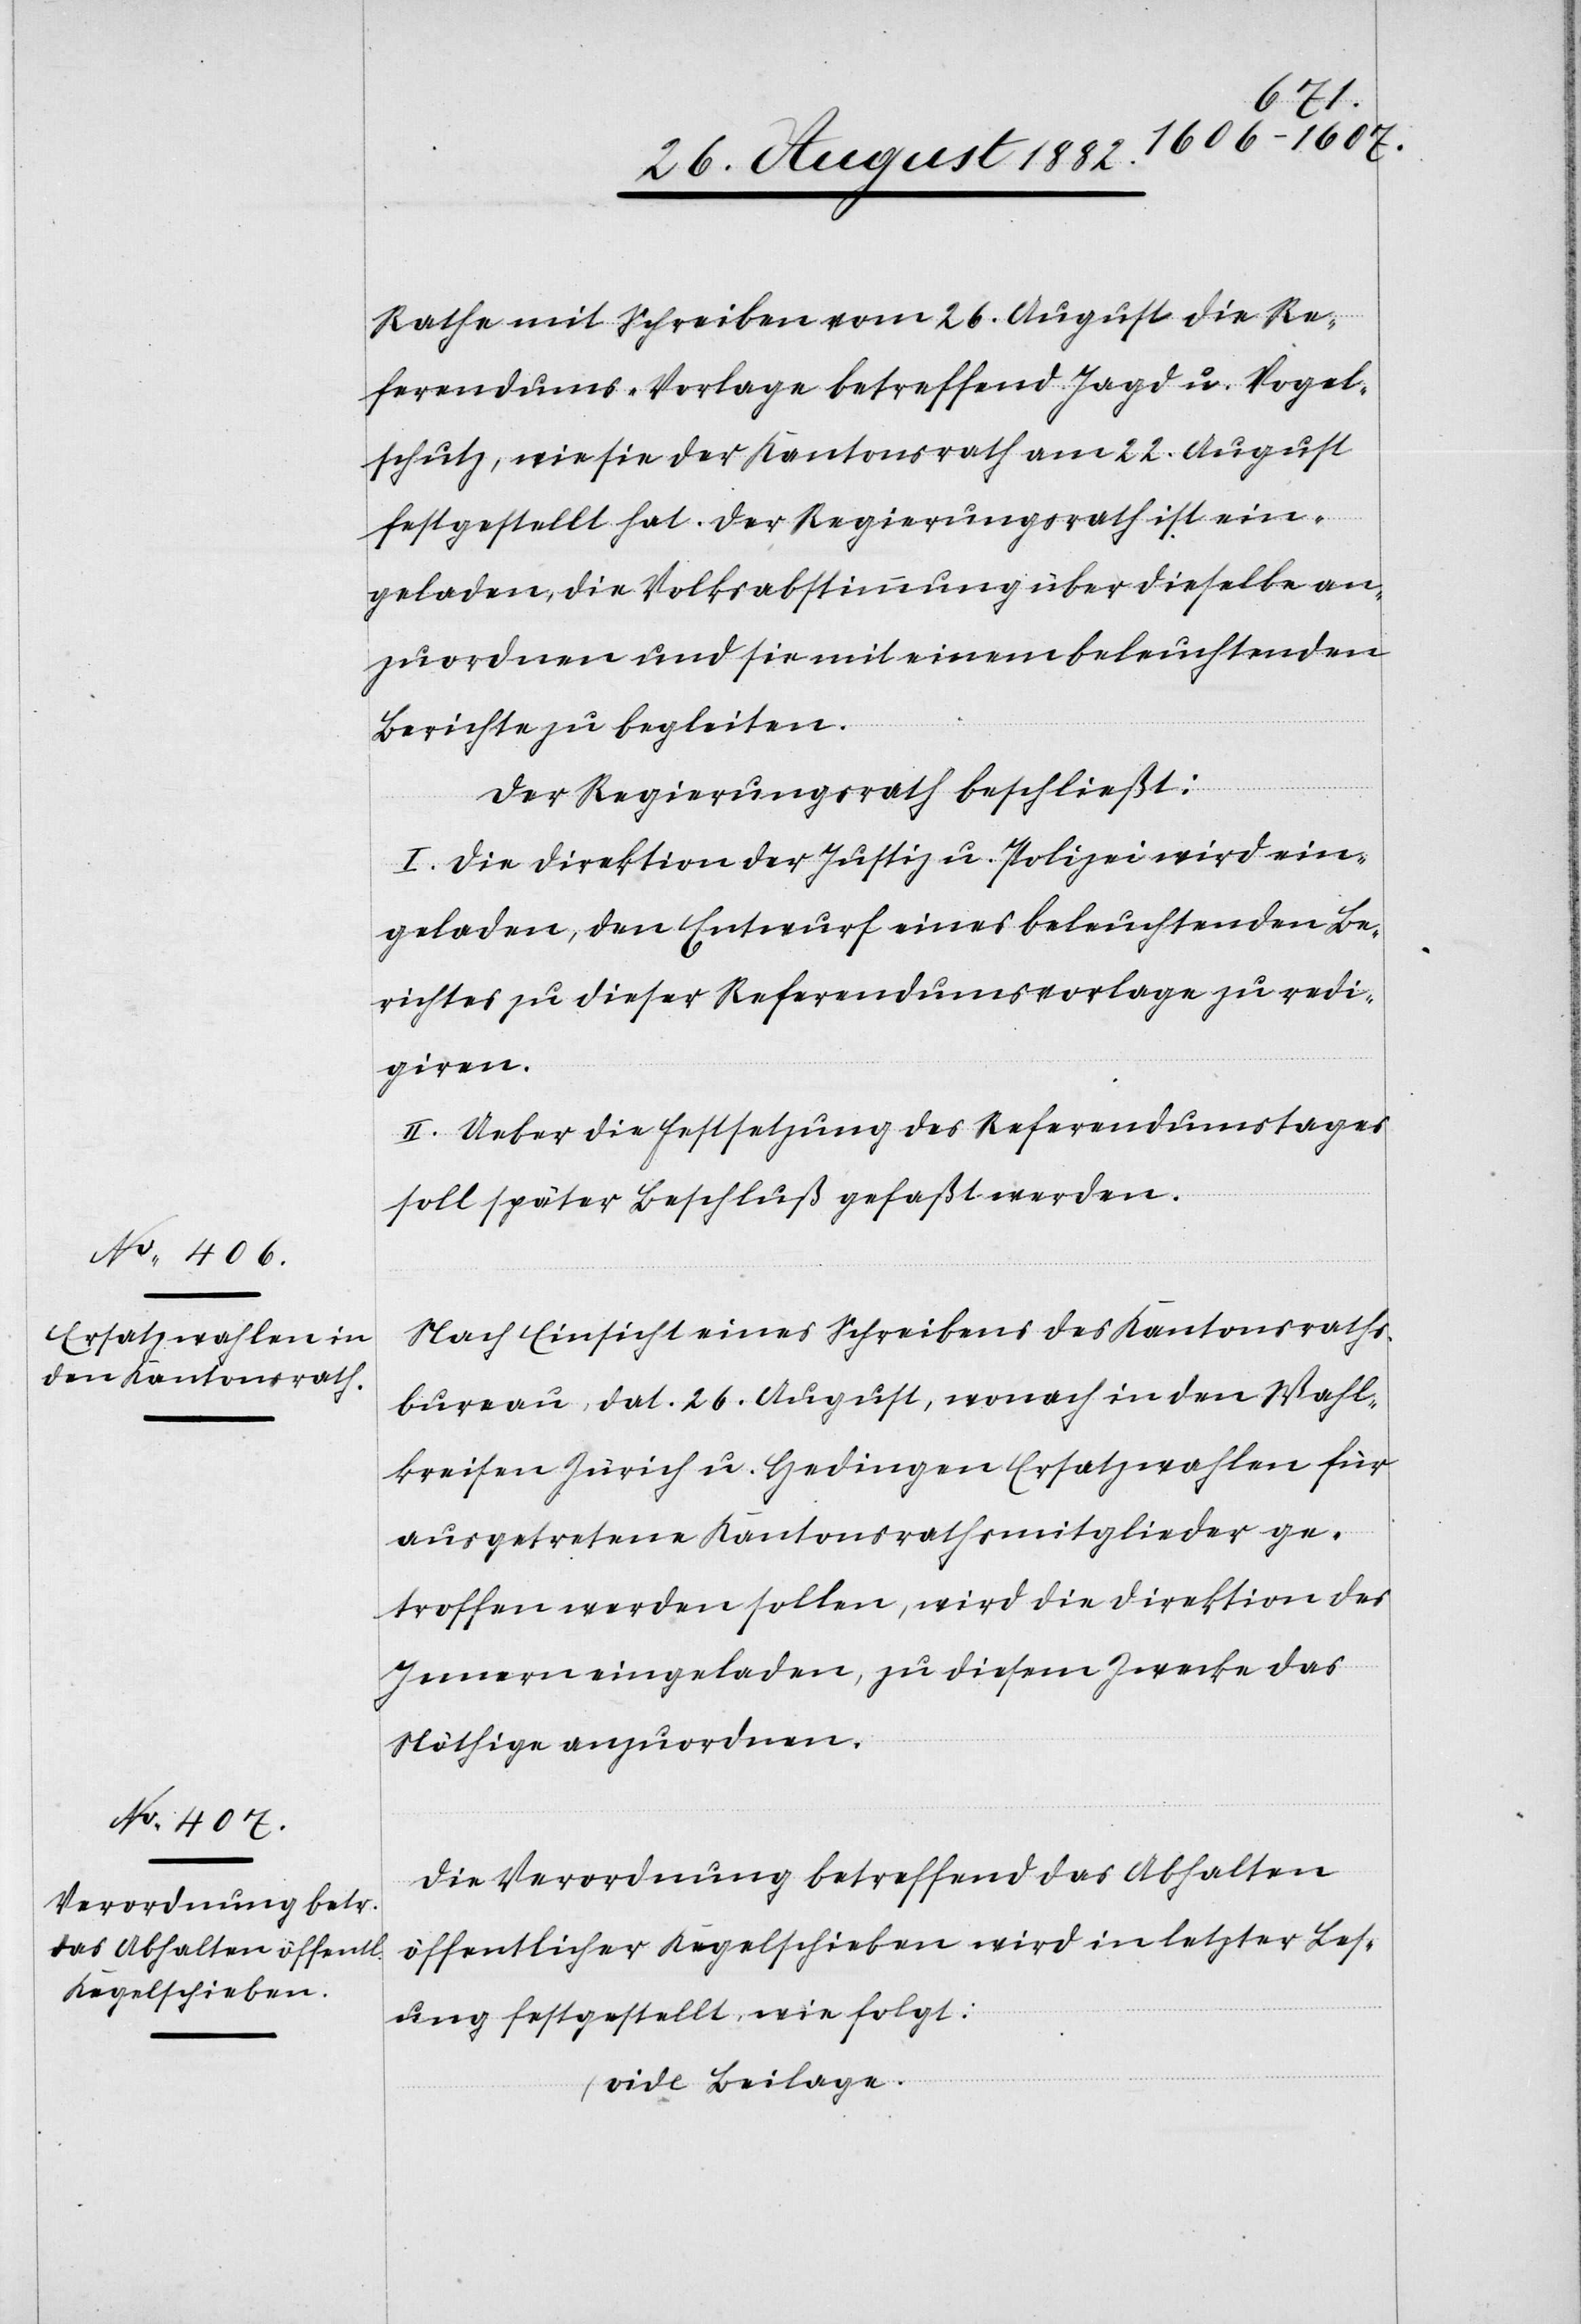
Rathe mit Schreiben vom 26. August die Re¬
ferendums-Vorlage betreffend Jagd u. Vogel¬
schutz, wie sie der Kantonsrath am 22. August
festgestellt hat. Der Regierungsrath ist ein¬
geladen, die Volksabstimmung über dieselbe an¬
zuordnen und sie mit einem beleuchtenden
Berichte zu begleiten.
Der Regierungsrath beschließt:
I. Die Direktion der Justiz & Polizei wird ein¬
geladen, den Entwurf eines beleuchtenden Be¬
richtes zu dieser Referendumsvorlage zu redi¬
giren.
II. Ueber die Festsetzung des Referendumstages
soll später Beschluß gefaßt werden.
Nach Einsicht eines Schreibens des Kantonsraths¬
bureau, dat. 26. August, wonach in den Wahl¬
kreisen Zürich u. Hedingen Ersatzwahlen für
ausgetretene Kantonsrathsmitglieder ge¬
troffen werden sollen, wird die Direktion des
Innern eingeladen, zu diesem Zwecke das
Nöthige anzuordnen.
Die Verordnung betreffend das Abhalten
öffentlicher Kegelschieben wird in letzter Les¬
ung festgestellt, wie folgt:
(vide Beilage)